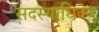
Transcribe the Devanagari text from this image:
सदस्याधिक्य